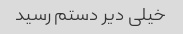
خیلی دیر دستم رسید